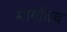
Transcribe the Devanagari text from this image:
मार्गातच